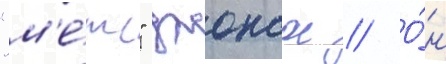
"м'е́тс" джонсон // О́н